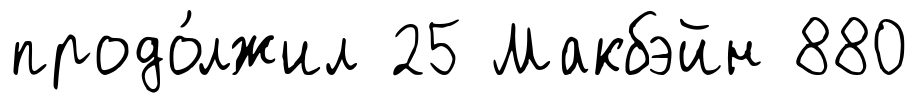
продо́лжил 25 Макбэйн 880